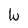
Character: W